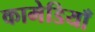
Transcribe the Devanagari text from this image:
कामेडियाँ